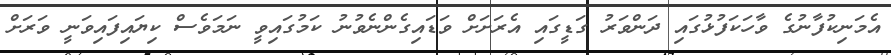
އެމަނިކުފާނުގެ ވާހަކަފުޅުގައި ދަންވަރު ގަޑީގައި އެރަށަށް ވަޑައިގެންނެވުނު ކަމުގައިވީ ނަމަވެސް ކިޔައިފައިވަނީ ވަރަށް